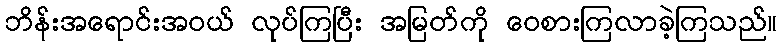
ဘိန်းအရောင်းအဝယ် လုပ်ကြပြီး အမြတ်ကို ဝေစားကြလာခဲ့ကြသည်။